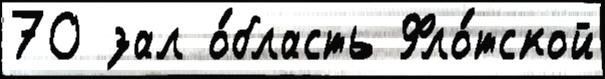
70 зал о́бласть Фло́тской